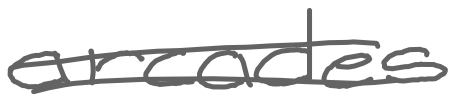
Text: arcades
Cross-out: double-line
Writing tool: digital_gray